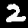
Digit: 2